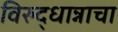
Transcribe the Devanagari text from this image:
विरुद्धान्नाचा